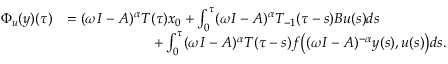
\begin{array} { r l } { \Phi _ { u } ( y ) ( \tau ) } & { = ( \omega I - A ) ^ { \alpha } T ( \tau ) x _ { 0 } + \int _ { 0 } ^ { \tau } ( \omega I - A ) ^ { \alpha } T _ { - 1 } ( \tau - s ) B u ( s ) d s } \\ & { \qquad \qquad \qquad + \int _ { 0 } ^ { \tau } ( \omega I - A ) ^ { \alpha } T ( \tau - s ) f \big ( ( \omega I - A ) ^ { - \alpha } y ( s ) , u ( s ) \big ) d s . } \end{array}